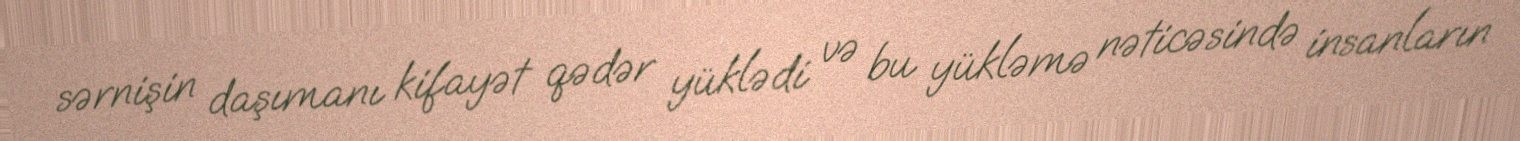
sərnişin daşımanı kifayət qədər yüklədi və bu yükləmə nəticəsində insanların